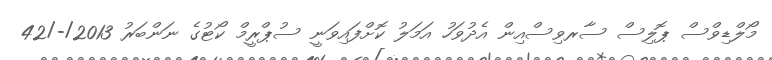
މޯލްޑިވްސް ޕޮލިސް ސާރވިސްއިން އެދުވަހު އަމަލު ކޮށްފައިވަނީ ސުޕްރީމް ކޯޓުގެ ނަންބަރު 2013/-/42